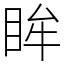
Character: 眸